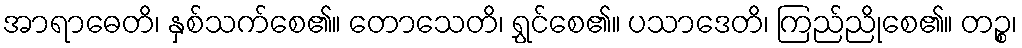
အာရာဓေတိ၊ နှစ်သက်စေ၏။ တောသေတိ၊ ရွှင်စေ၏။ ပသာဒေတိ၊ ကြည်ညိုစေ၏။ တဉ္စ၊